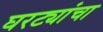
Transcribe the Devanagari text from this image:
घरट्यांचा